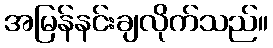
အမြန်နင်းချလိုက်သည်။